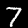
Label: 7